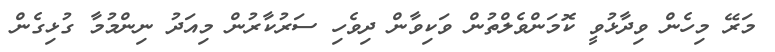
މަރޭ މިހެން ވިދާޅުވީ ކޮމަންވެލްތުން ވަކިވާން ދިވެހި ސަރުކާރުން މިއަދު ނިންމުމާ ގުޅިގެން